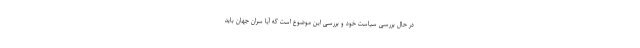
در حال بررسی سیاست خود و بررسی این موضوع است که آیا سران جهان باید